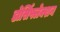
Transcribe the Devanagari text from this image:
डोर्सिफ्लेक्शन